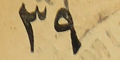
٣٩